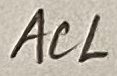
Text: acl